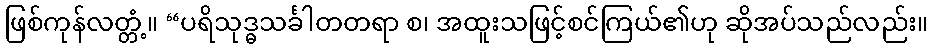
ဖြစ်ကုန်လတ္တံ့။ “ပရိသုဒ္ဓသင်္ခါတတရာ စ၊ အထူးသဖြင့်စင်ကြယ်၏ဟု ဆိုအပ်သည်လည်း။